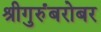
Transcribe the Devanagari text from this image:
श्रीगुरुंंबरोबर